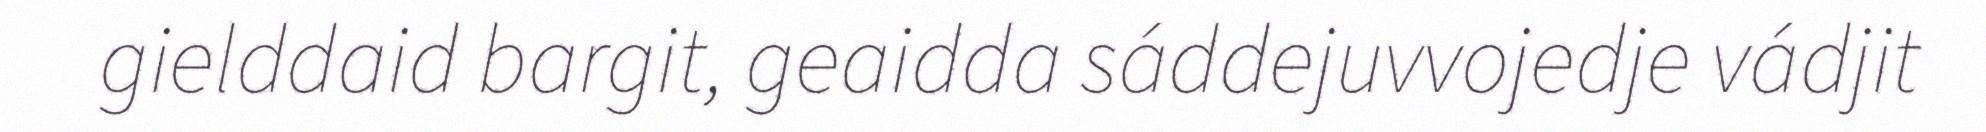
gielddaid bargit, geaidda sáddejuvvojedje vádjit